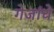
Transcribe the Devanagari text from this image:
गेजांचे